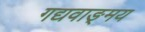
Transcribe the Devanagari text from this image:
गद्यवाङ्‌मय